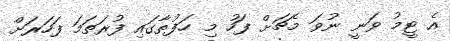
އެ ޓީމު ވަނީ ނުވަ މެޗަށް ފަހު މި ހަފުތާގައި ފުރަތަމަ ފަހަރަށް